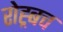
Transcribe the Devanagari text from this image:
रोह्र्बच